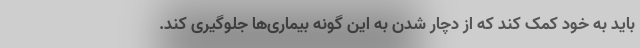
باید به خود کمک کند که از دچار شدن به این گونه بیماری‌ها جلوگیری کند.